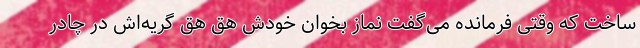
ساخت که وقتی فرمانده می‌گفت نماز بخوان خودش هق هق گریه‌اش در چادر